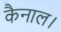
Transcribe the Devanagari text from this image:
कैनाल।